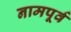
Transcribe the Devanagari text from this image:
नामपूर्व